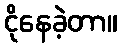
ငိုနေခဲ့တာ။